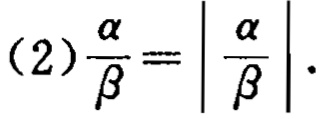
(2)$\frac{\alpha}{\beta}=\left|\frac{\alpha}{\beta}\right|$.